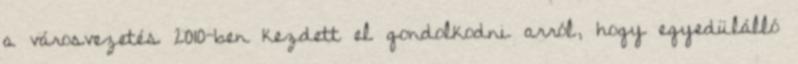
a városvezetés 2010-ben kezdett el gondolkodni arról, hogy egyedülálló